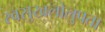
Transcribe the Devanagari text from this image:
स्वसुखलोलुपता